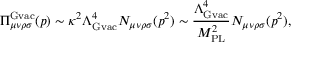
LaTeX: \Pi _ { \mu \nu \rho \sigma } ^ { \mathrm { \mathrm { G v a c } } } ( p ) \sim \kappa ^ { 2 } \Lambda _ { \mathrm { G v a c } } ^ { 4 } N _ { \mu \nu \rho \sigma } ( p ^ { 2 } ) \sim \frac { \Lambda _ { \mathrm { G v a c } } ^ { 4 } } { M _ { \mathrm { P L } } ^ { 2 } } N _ { \mu \nu \rho \sigma } ( p ^ { 2 } ) ,